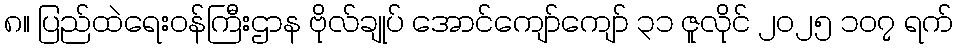
၈။ ပြည်ထဲရေးဝန်ကြီးဌာန ဗိုလ်ချုပ် အောင်ကျော်ကျော် ၃၁ ဇူလိုင် ၂၀၂၅ ၁၀၇ ရက်